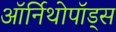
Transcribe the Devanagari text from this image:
ऑर्निथोपॉड्स